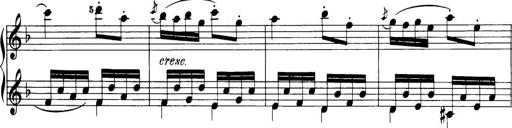
Title: 32 Sonatinas and Rondos for the Piano
Composer: Richard Kleinmichel